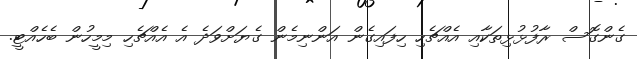
ގެންގޮސް ރާފުޅުޅިތަކާއި އެއްޗެހި ހިފައިގެން އަންނިމެން ގެޔަށްވަދެ އެ އެއްޗެހި މިމީހުން ބެހެއްޓީ.